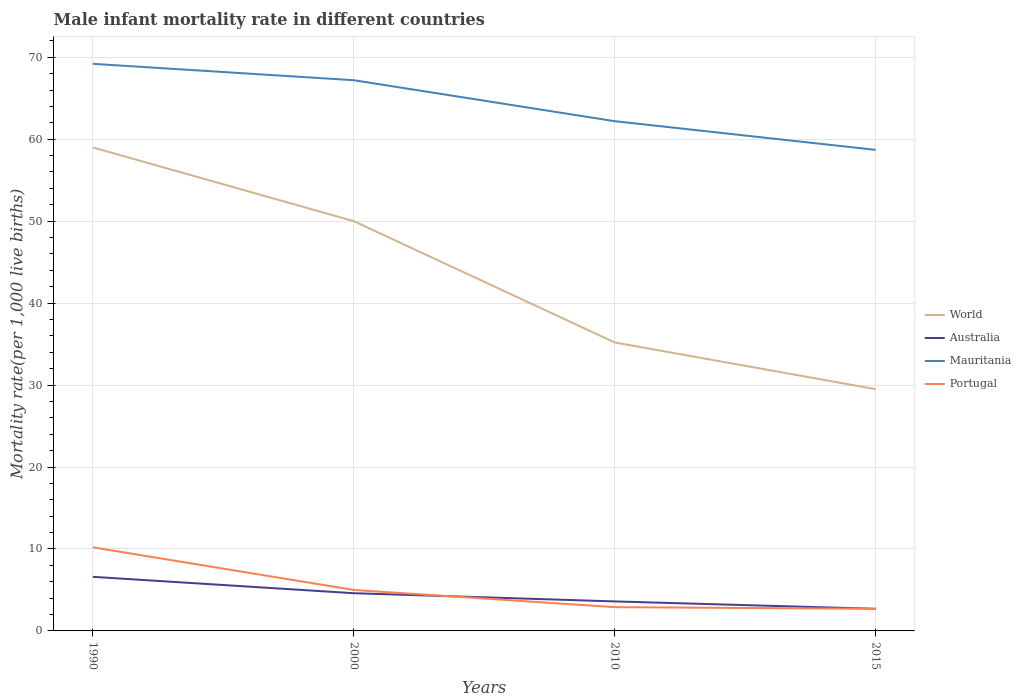
| Years | World | Australia | Mauritania | Portugal |
 | --- | --- | --- | --- | --- |
 | 1990 | 59 | 6.6 | 69.2 | 10.2 |
 | 2000 | 50 | 4.6 | 67.2 | 5 |
 | 2010 | 35.2 | 3.6 | 62.2 | 2.9 |
 | 2015 | 29.5 | 2.7 | 58.7 | 2.7 |